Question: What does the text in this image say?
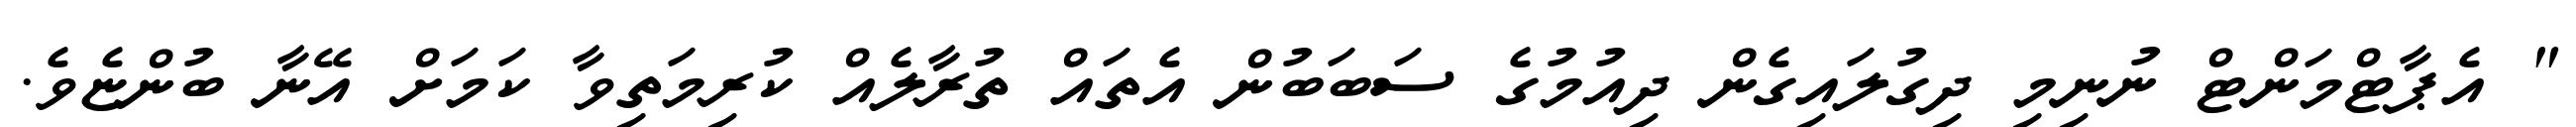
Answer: " އެޕާޓްމަންޓް ނުނިމި ދިގުލައިގެން ދިއުމުގެ ސަބަބުން އެތައް ތުރާލެއް ކުރިމަތިވާ ކަމަށް އޭނާ ބުންޏެވެ.